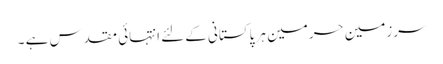
سرزمین حرمین ہر پاکستانی کےلئے انتہائی مقدس ہے ۔